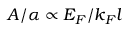
A / \alpha \propto E _ { F } / k _ { F } l